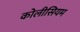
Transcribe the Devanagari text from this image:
कोलीसियम